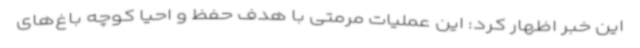
این خبر اظهار کرد: این عملیات مرمتی با هدف حفظ و احیا کوچه باغ‌های